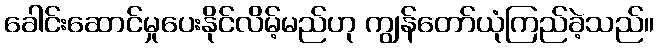
ခေါင်းဆောင်မှုပေးနိုင်လိမ့်မည်ဟု ကျွန်တော်ယုံကြည်ခဲ့သည်။